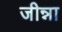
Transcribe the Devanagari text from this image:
जीन्ना